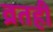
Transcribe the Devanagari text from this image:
व्रतही